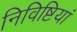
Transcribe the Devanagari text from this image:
निविष्टियां